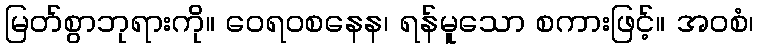
မြတ်စွာဘုရားကို။ ဝေရဝစနေန၊ ရန်မူသော စကားဖြင့်။ အဝစံ၊